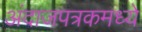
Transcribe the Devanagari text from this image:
अंदाजपत्रकमध्ये